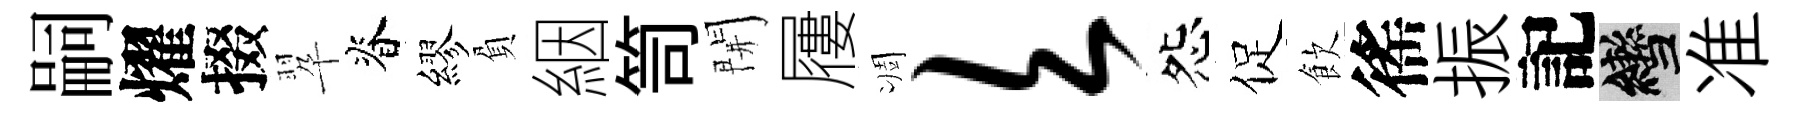
嗣燿掇翆脊繆負絪笥開屨凋欠怨促飲徭振記轡准